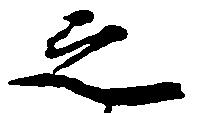
之